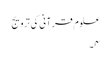
علوم قرآنی کی ترویج
۴۔